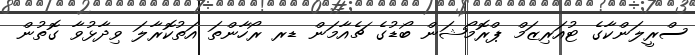
ސްރީލަންކާގެ ޓުއަރިޒަމް ޕްރޮމޯޝަން ބޯޑުގެ ޗެއާމަން ޑރ ރޯހާންތަ އަތުކޮރާލަ ވިދާޅުވާ ގޮތުން